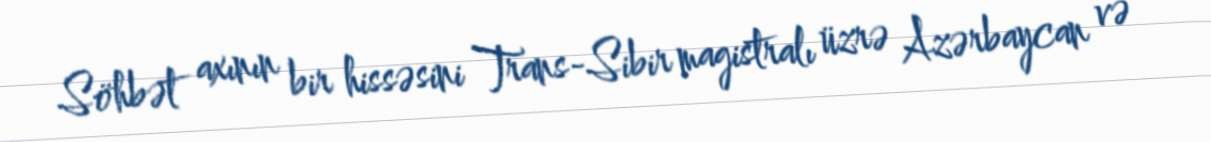
Söhbət axının bir hissəsini Trans-Sibir magistralı üzrə Azərbaycan və